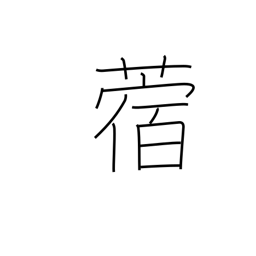
Meaning: clover